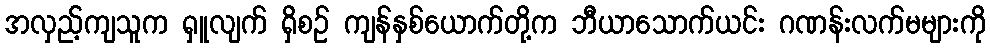
အလှည့်ကျသူက ရှူလျက် ရှိစဉ် ကျန်နှစ်ယောက်တို့က ဘီယာသောက်ယင်း ဂဏန်းလက်မများကို